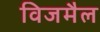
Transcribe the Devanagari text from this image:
विजमैल